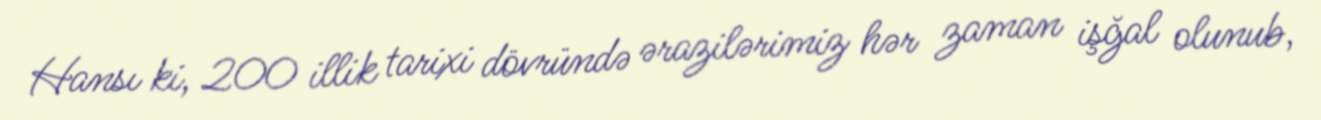
Hansı ki, 200 illik tarixi dövründə ərazilərimiz hər zaman işğal olunub,